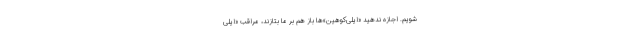
شویم. اجازه ندهید «ایلی‌کوهین»ها باز هم بر ما بتازند، مراقب «ایلی